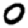
Digit: 0